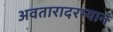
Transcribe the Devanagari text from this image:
अवतारादरम्यान